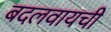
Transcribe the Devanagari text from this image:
बदलवायची